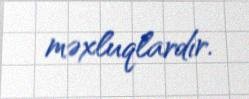
məxluqlardır.